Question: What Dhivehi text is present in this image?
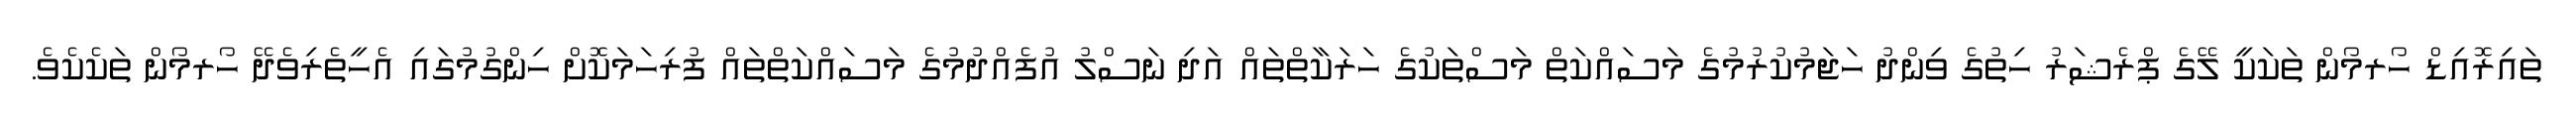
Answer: ތައިރޮއިޑް ހޯރމޯން ތަކަކީ ލޭގެ ޕްރެޝަރު ހިތުގެ ވިންދު ހަޖަމުކުރުމުގެ މަސައްކަތް މަސްތަކުގެ ހަރަކާތްތައް އަދި ނަސްލު އުފެއްދުމުގެ މަސައްކަތްތައް ފުރިހަމަކޮށް ހިންގުމުގައި އެހީތެރިވެދޭ ހޯރމޯން ތަކެކެވެ.